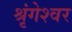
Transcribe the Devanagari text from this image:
श्रृंगेश्‍वर